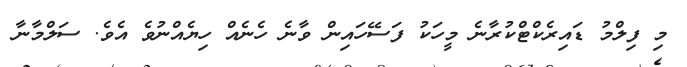
މި ފިލްމު ޑައިރެކްޓްކުރާނެ މީހަކު ފަސޭހައިން ވާނެ ހެނެއް ހިޔެއްނުވެ އެވެ. ސަލްމާނާ